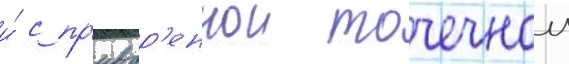
и́ с пр'ивар'еннои точечнои